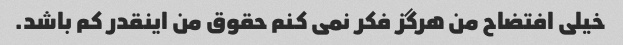
خیلی افتضاح من هرگز فکر نمی کنم حقوق من اینقدر کم باشد.